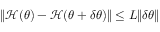
\lVert \mathcal { H } ( { \boldsymbol { \theta } } ) - \mathcal { H } ( { \boldsymbol { \theta } } + \delta { \boldsymbol { \theta } } ) \rVert \leq L \lVert \delta { \boldsymbol { \theta } } \rVert